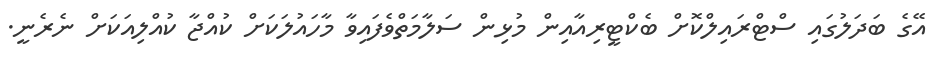
އޭގެ ބަދަލުގައި ސްޓްރައިލްކޮށް ބެކްޓީރިއާއިން މުޅިން ސަލާމަތްވެފައިވާ މާހައުލަކަށް ކުއްޖާ ކުއްލިއަކަށް ނެރެނީ.